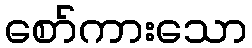
စော်ကားသော